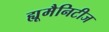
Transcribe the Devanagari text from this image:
ह्यूमैनिटीज